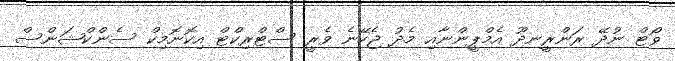
ވޯޓް ނުދޭ ރަންރީނދޫ އެމްޕީންނާއި މެދު ޖެހޭނެ ވެރީ ސްޓްރިކްޓް އިކޮނޮމިކް ސެންކްޝަންސް